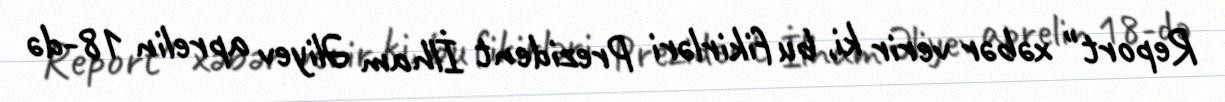
Report" xəbər verir ki, bu fikirləri Prezident İlham Əliyev aprelin 18-də